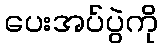
ပေးအပ်ပွဲကို